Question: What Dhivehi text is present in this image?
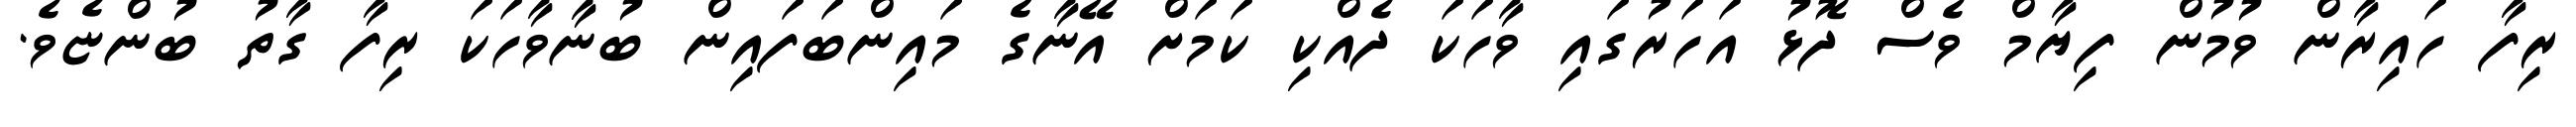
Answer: ރިފާ ހައިރާން ވުމުން ފިޔާމް ވެސް ދޮޅު އަހަރުގައި ވާހަކަ ދެއްކި ކަމަށް އޭނާގެ މައިންބަފައިން ބުނާވާހަކަ ރިފާ ގާތު ބުންޏެވެ.